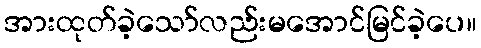
အားထုတ်ခဲ့သော်လည်းမအောင်မြင်ခဲ့ပေ။